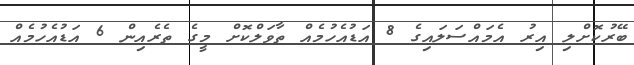
ބޭރުކޮށްލި އިރު އެމައްސަލައިގެ 8 އަޑުއެހުމެއް ތާވަލްކޮށް މީގެ ތެރެއިން 6 އަޑުއެހުމެއް